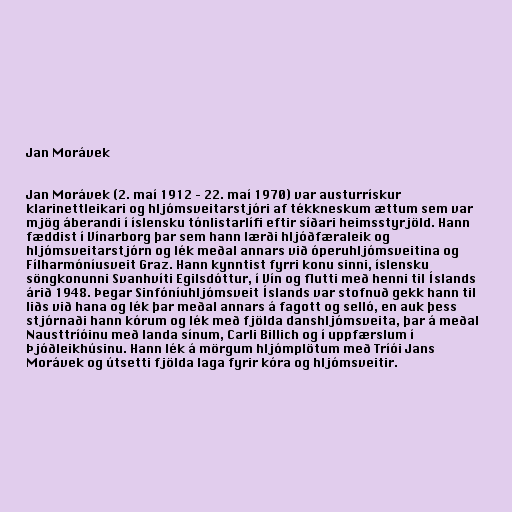
Jan Morávek

Jan Morávek (2. maí 1912 – 22. maí 1970) var austurrískur
klarinettleikari og hljómsveitarstjóri af tékkneskum ættum sem var
mjög áberandi í íslensku tónlistarlífi eftir síðari heimsstyrjöld. Hann
fæddist í Vínarborg þar sem hann lærði hljóðfæraleik og
hljómsveitarstjórn og lék meðal annars við óperuhljómsveitina og
Fílharmóníusveit Graz. Hann kynntist fyrri konu sinni, íslensku
söngkonunni Svanhvíti Egilsdóttur, í Vín og flutti með henni til Íslands
árið 1948. Þegar Sinfóníuhljómsveit Íslands var stofnuð gekk hann til
liðs við hana og lék þar meðal annars á fagott og selló, en auk þess
stjórnaði hann kórum og lék með fjölda danshljómsveita, þar á meðal
Nausttríóinu með landa sínum, Carli Billich og í uppfærslum í
Þjóðleikhúsinu. Hann lék á mörgum hljómplötum með Tríói Jans
Morávek og útsetti fjölda laga fyrir kóra og hljómsveitir.